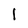
Character: l